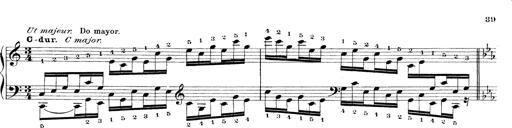
Title: Technische Studien
Composer: Franz Liszt